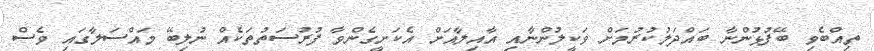
ތިއްބެވި ބޭފުޅުންނާ ބައްދަލުކުރުމަށް ވަކީލުންނާއި އާއިލާއަށް އެކަށީގެންވާ ފުރުސަތުތަކެއް ނުލިބޭ މައްސަލާގައި ވެސް